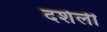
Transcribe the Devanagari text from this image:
दर्शली